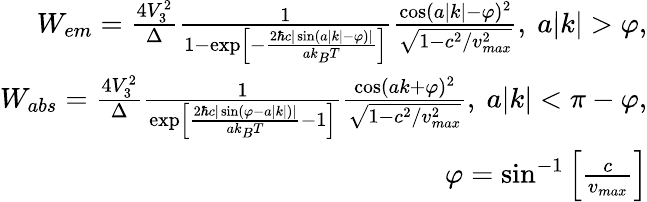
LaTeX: \begin{array}{r}{W_{em}=\frac{4V_{3}^{2}}{\Delta}\frac{1}{1-\exp\left[-\frac{2\hbar c|\sin(a|k|-\varphi)|}{ak_{B}T}\right]}\frac{\cos(a|k|-\varphi)^{2}}{\sqrt{1-c^{2}/v_{max}^{2}}},~a|k|>\varphi,}\\ {W_{abs}=\frac{4V_{3}^{2}}{\Delta}\frac{1}{\exp\left[\frac{2\hbar c|\sin(\varphi-a|k|)|}{ak_{B}T}-1\right]}\frac{\cos(ak+\varphi)^{2}}{\sqrt{1-c^{2}/v_{max}^{2}}},~a|k|<\pi-\varphi,}\\ {\varphi=\sin^{-1}\left[\frac{c}{v_{max}}\right]}\end{array}